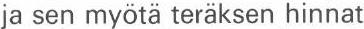
ja sen myötä teräksen hinnat